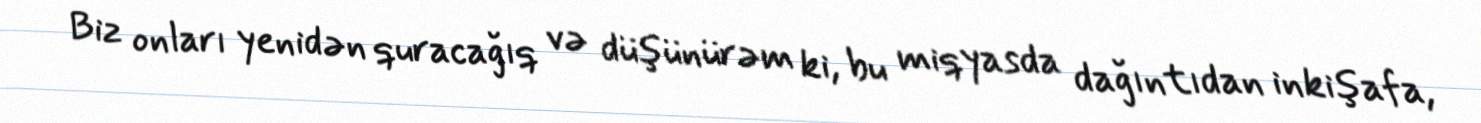
Biz onları yenidən quracağıq və düşünürəm ki, bu miqyasda dağıntıdan inkişafa,